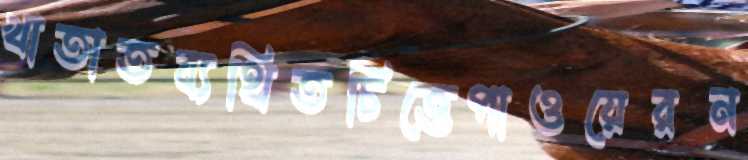
খাতাতব্যথিতচিত্তেপাওয়েরন